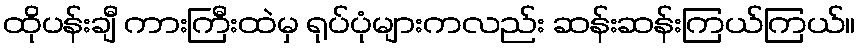
ထိုပန်းချီ ကားကြီးထဲမှ ရုပ်ပုံများကလည်း ဆန်းဆန်းကြယ်ကြယ်။